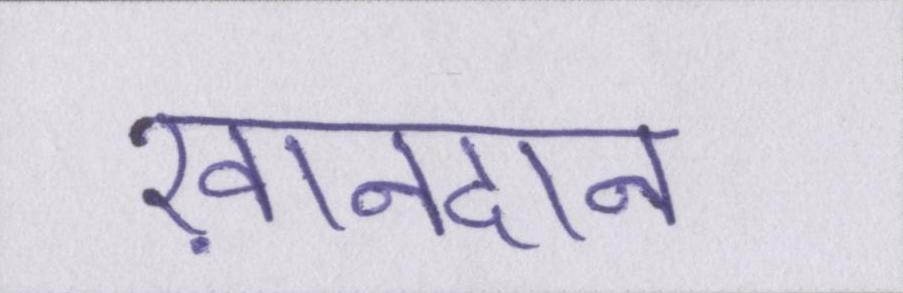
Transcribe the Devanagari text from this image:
ख़ानदान